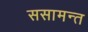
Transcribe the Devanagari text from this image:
ससामन्त